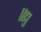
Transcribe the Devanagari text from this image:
॥ध्रु